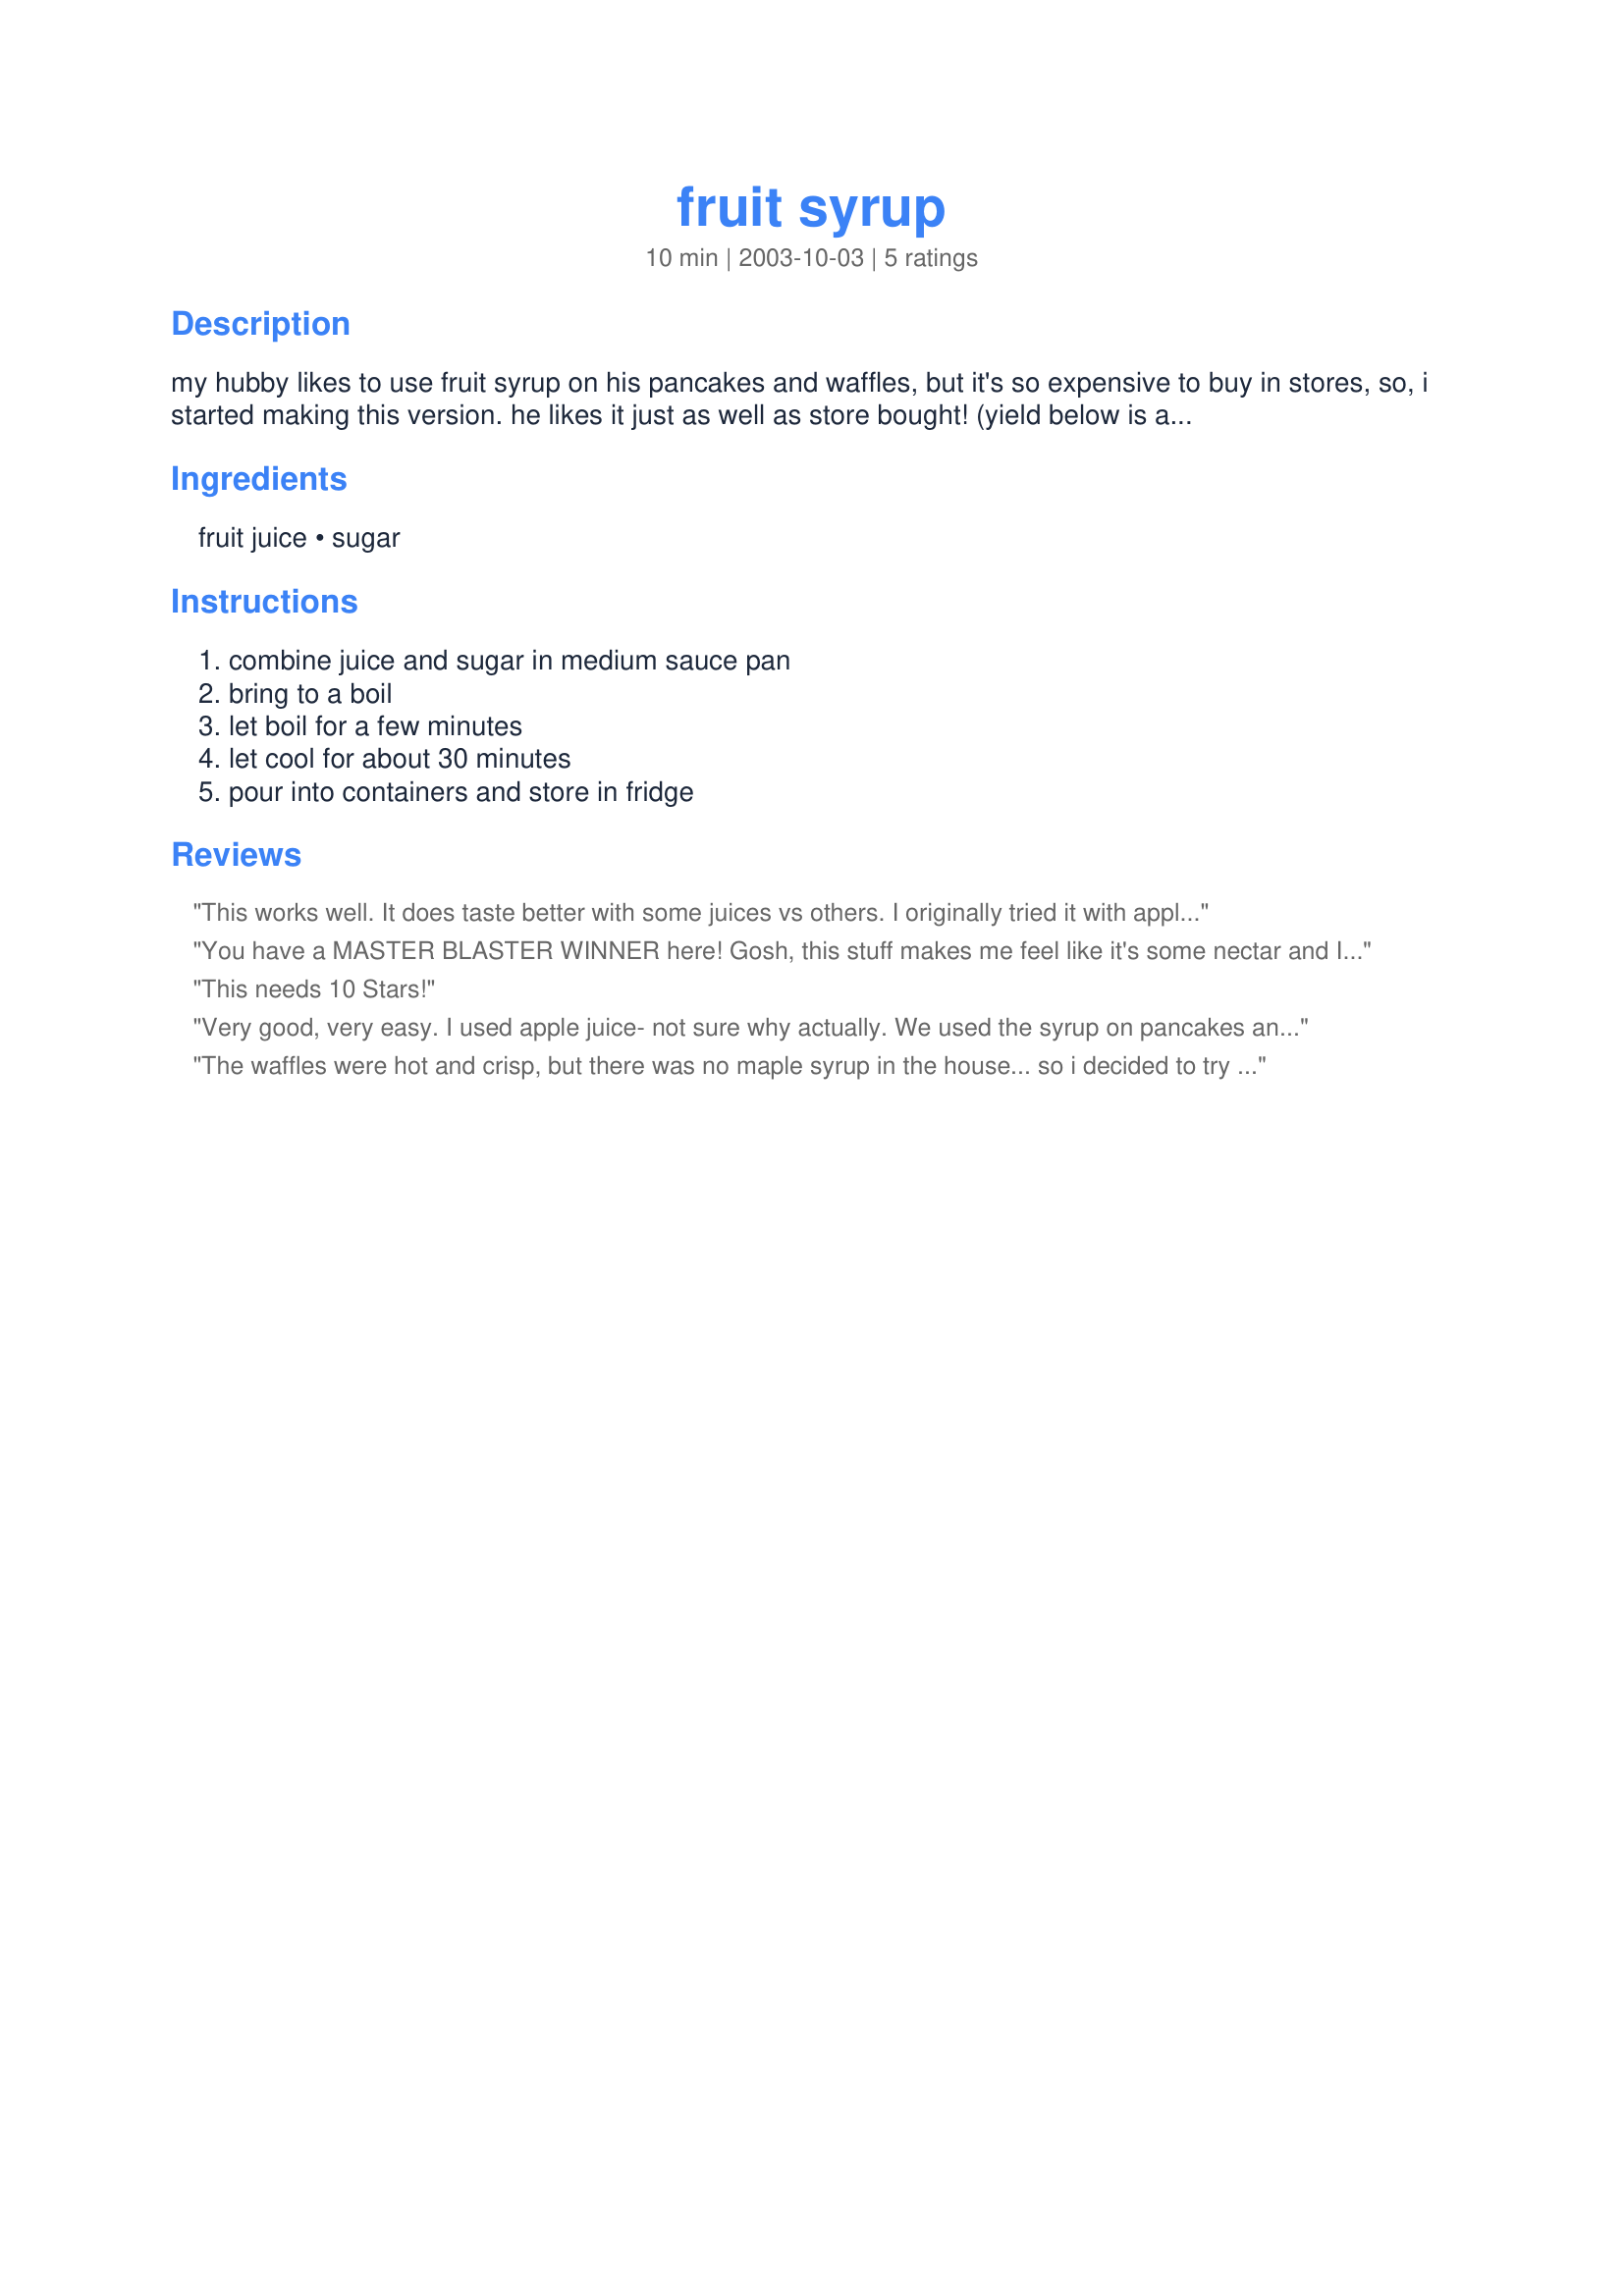
fruit syrup
Preparation time: 10 minutes

my hubby likes to use fruit syrup on his pancakes and waffles, but it's so expensive to buy in stores, so, i started making this version. he likes it just as well as store bought! (yield below is a rough guess!)

Ingredients:
fruit juice, sugar

Steps:
combine juice and sugar in medium sauce pan, bring to a boil, let boil for a few minutes, let cool for about 30 minutes, pour into containers and store in fridge

Reviews:
This works well. It does taste better with some juices vs others. I originally tried it with apple juice and would have rated it 4 stars but then I tried mango nectar and yummy! We use this over gluten free crepes and pancakes.
You have a MASTER BLASTER WINNER here! Gosh, this stuff makes me feel like it's some nectar and I'm some hungry ant. LOL. I made this using Lacnor's Fruit Cocktail drink and sugar. I followed the instructions to the T. This tastes so good I can't just find the right words to describe how many THANK YOU's my taste buds are sending out to you! I loved serving this on plain biscuits and on Light Cinnamon Vanilla Breakfast Biscuits (Eggless)[recipe number:32057]. YOU'VE MADE MY DAY! Thanks again! :-)
This needs 10 Stars!
Very good, very easy. I used apple juice- not sure why actually. We used the syrup on pancakes and enjoyed it. Thanks!
The waffles were hot and crisp, but there was no maple syrup in the house... so i decided to try this recipe. Superb! Used banana juice this time, but will try it with other varieties. I think I boiled too long, as it started forming threads from the spoon when it started to cool. Next time I'll take it off earlier. Thanks for the recipe
